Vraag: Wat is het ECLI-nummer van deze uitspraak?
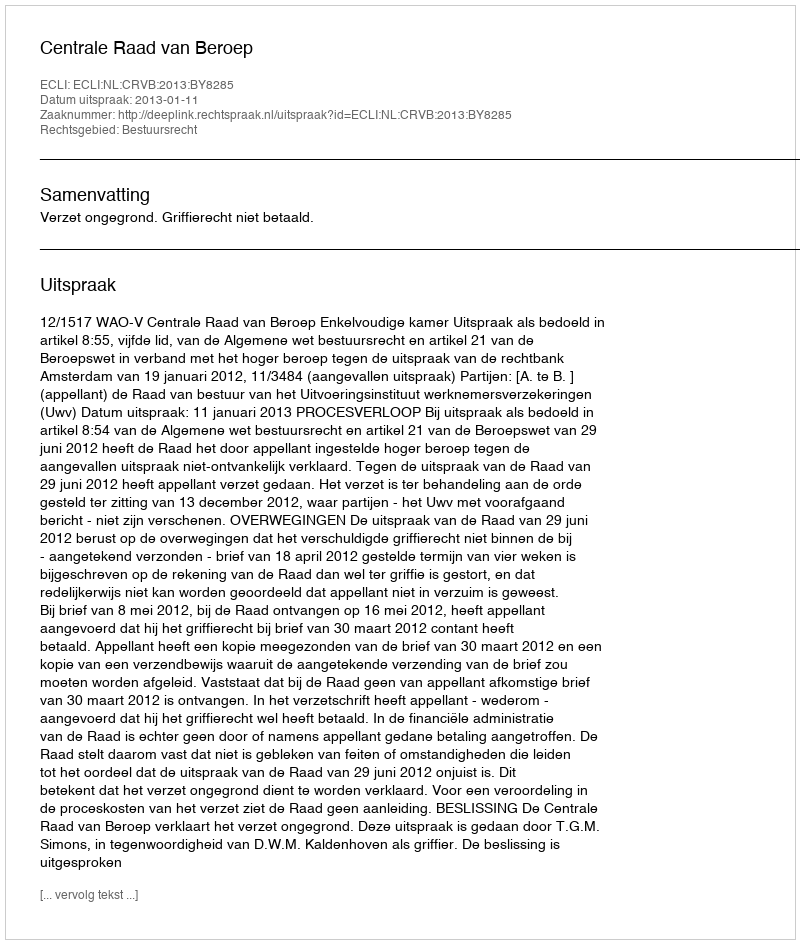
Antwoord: ECLI:NL:CRVB:2013:BY8285